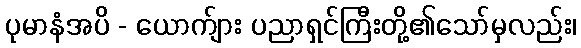
ပုမာနံအပိ - ယောက်ျား ပညာရှင်ကြီးတို့၏သော်မှလည်း၊